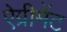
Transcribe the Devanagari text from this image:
ऐग्रीमेंट